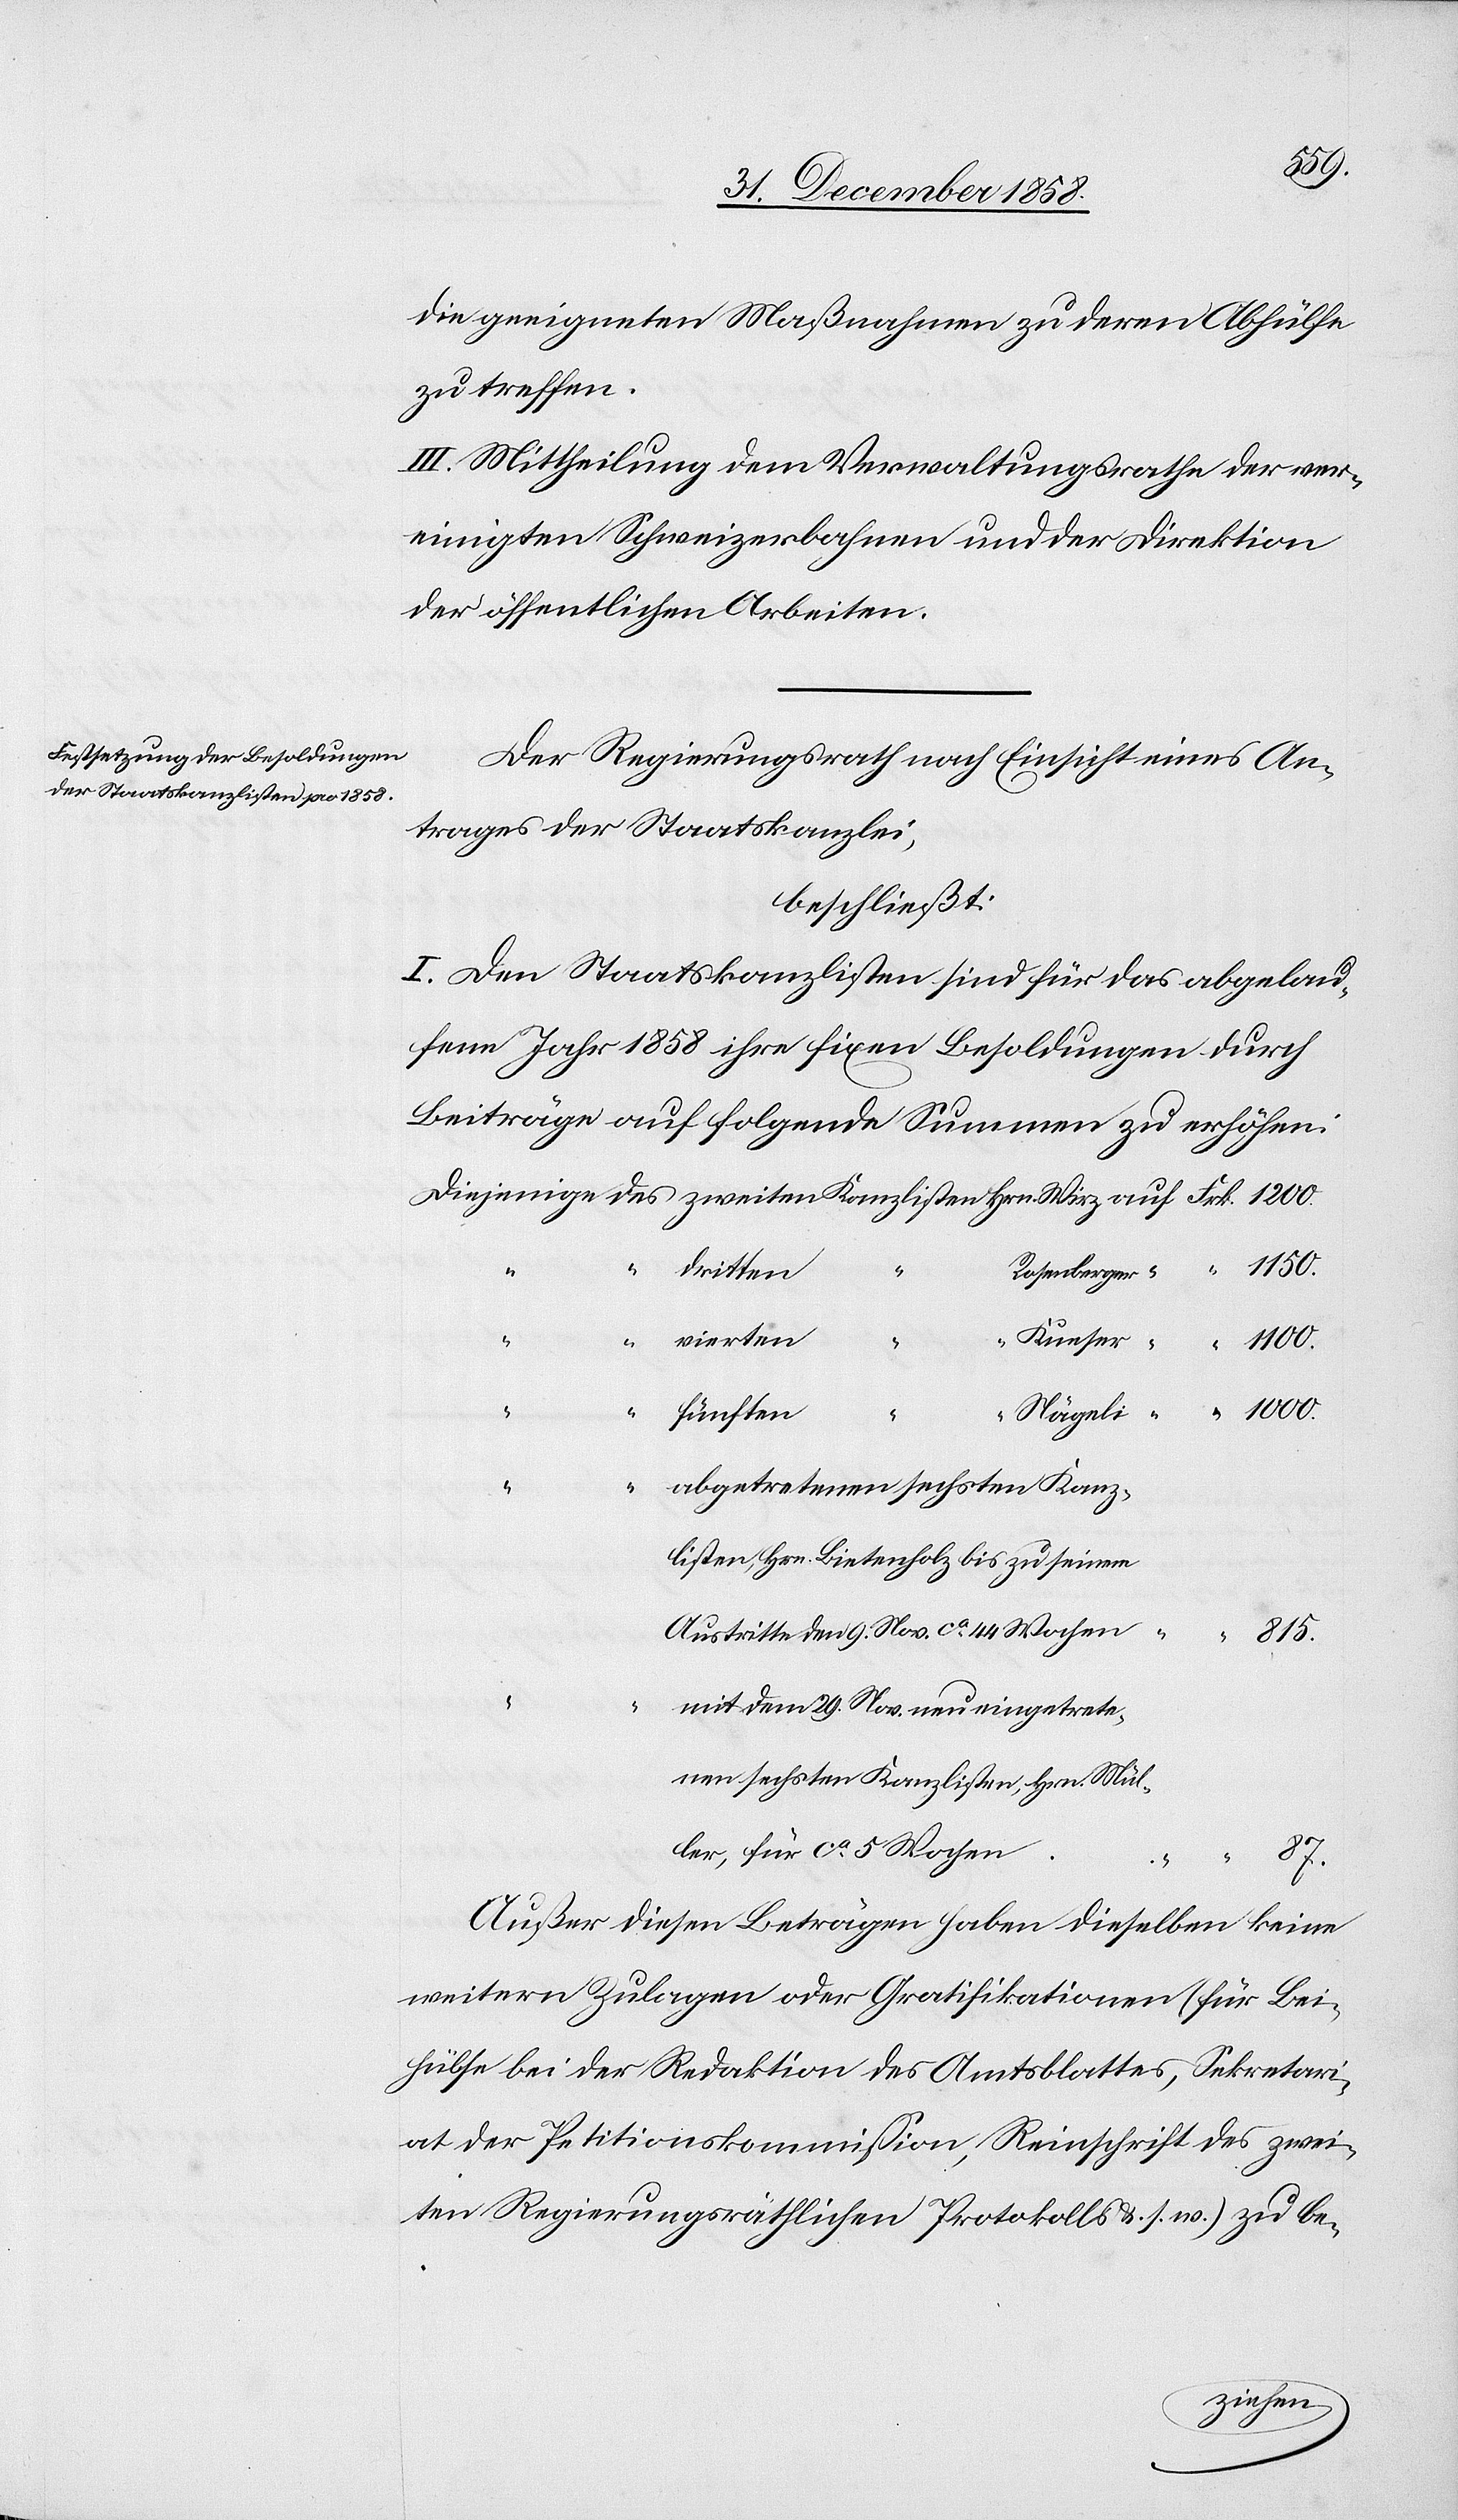
87.
die geeigneten Maßnahmen zu deren Abhülfe
zu treffen.
III. Mittheilung dem Verwaltungsrathe der ver¬
einigten Schweizerbahnen und der Direktion
der öffentlichen Arbeiten.
Der Regierungsrath nach Einsicht eines An¬
trages der Staatskanzlei,
beschließt:
I. Den Staatskanzlisten sind für das abgelau¬
fene Jahr 1858 ihre fixen Besoldungen durch
Beiträge auf folgende Summen zu erhöhen:
dritten
“
abgetretenen sechsten Kanz¬
listen, Hrn. Bietenholz bis zu seinem
Austritte den 9. Nov. ca 44 Wochen
815.
mit dem 29. Nov. neu eingetrete¬
nen sechsten Kanzlisten, Hrn. Mül¬
ler, für ca 5 Wochen
Nägeli
Außer diesen Beträgen haben dieselben keine
weitern Zulagen oder Gratifikationen (für Bei¬
hülfe bei der Redaktion des Amtsblattes, Sekretari¬
at der Petitionskommission, Reinschrift des zwei¬
ten Regierungsräthlichen Protokolls &. s. w.) zu be-